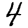
Digit: 4